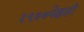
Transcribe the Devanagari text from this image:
१९७७पेक्षाही